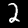
Label: 2